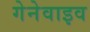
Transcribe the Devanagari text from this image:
गेनेवाइव